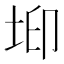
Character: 𡊶